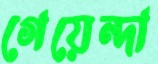
গেয়েন্দা